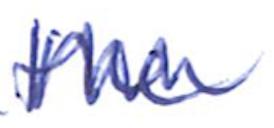
Text: the
Cross-out: zig-zag
Writing tool: ballpoint